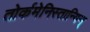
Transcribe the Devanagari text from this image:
तोर्कमेनिस्तान्यिन्